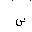
Letter: _sin